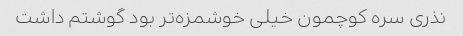
نذری سره کوچمون خیلی خوشمزه‌تر بود گوشتم داشت